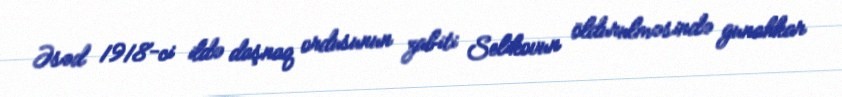
Əsəd 1918-ci ildə daşnaq ordusunun zabiti Selikovun öldurulməsində gunahkar